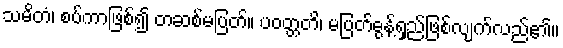
သမိတံ၊ စပ်ကာဖြစ်၍ တဆစ်မပြတ်။ ပဝတ္တတိ၊ မပြတ်ဓွန့်ရှည်ဖြစ်လျက်လည်၏။